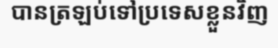
បានត្រឡប់ទៅប្រទេសខ្លួនវិញ